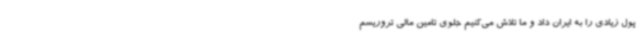
پول زیادی را به ایران داد و ما تلاش می‌کنیم جلوی تامین مالی تروریسم